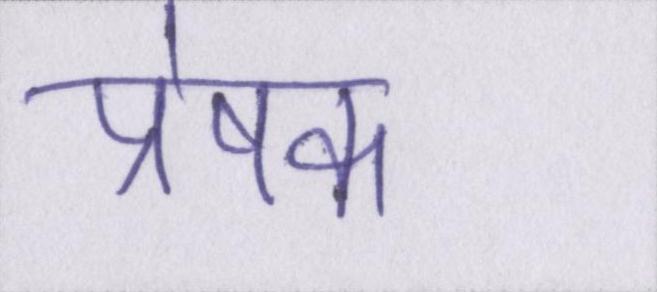
प्रेषक